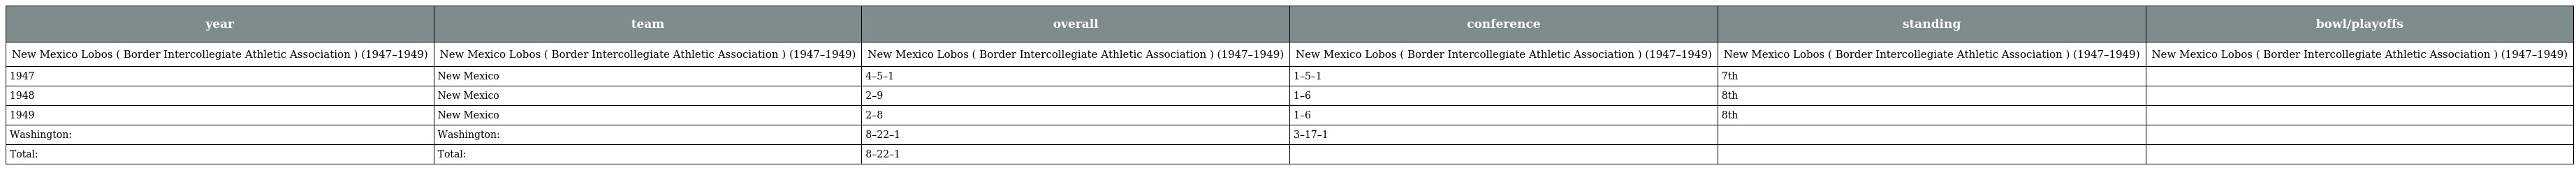
| year | team | overall | conference | standing | bowl/playoffs |
 | --- | --- | --- | --- | --- | --- |
 | New Mexico Lobos ( Border Intercollegiate Athletic Association ) (1947–1949) | New Mexico Lobos ( Border Intercollegiate Athletic Association ) (1947–1949) | New Mexico Lobos ( Border Intercollegiate Athletic Association ) (1947–1949) | New Mexico Lobos ( Border Intercollegiate Athletic Association ) (1947–1949) | New Mexico Lobos ( Border Intercollegiate Athletic Association ) (1947–1949) | New Mexico Lobos ( Border Intercollegiate Athletic Association ) (1947–1949) |
 | 1947 | New Mexico | 4–5–1 | 1–5–1 | 7th |  |
 | 1948 | New Mexico | 2–9 | 1–6 | 8th |  |
 | 1949 | New Mexico | 2–8 | 1–6 | 8th |  |
 | Washington: | Washington: | 8–22–1 | 3–17–1 |  |  |
 | Total: | Total: | 8–22–1 |  |  |  |